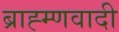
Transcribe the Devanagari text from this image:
ब्राह्म्णवादी